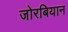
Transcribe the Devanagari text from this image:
जोरबियान